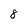
Character: 8